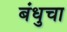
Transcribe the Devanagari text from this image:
बंधुचा